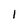
Character: 1